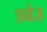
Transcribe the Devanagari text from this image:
अग्रेज़